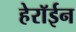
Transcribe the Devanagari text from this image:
हेरॉईन